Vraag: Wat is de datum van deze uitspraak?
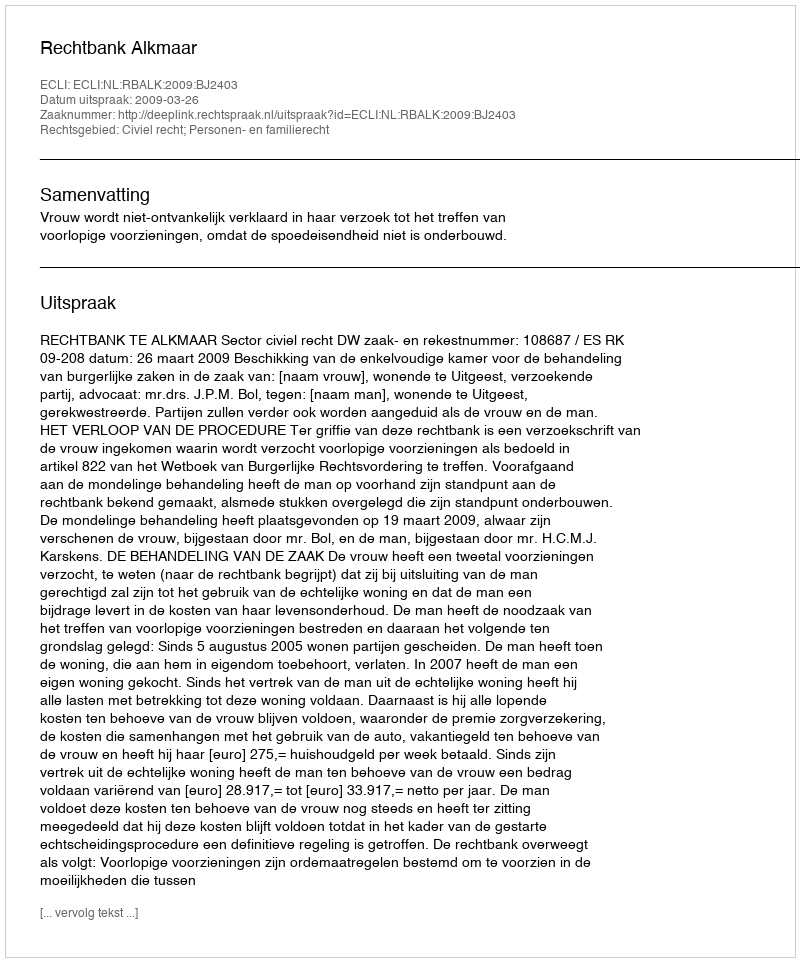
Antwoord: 2009-03-26